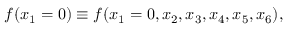
f ( x _ { 1 } = 0 ) \equiv f ( x _ { 1 } = 0 , x _ { 2 } , x _ { 3 } , x _ { 4 } , x _ { 5 } , x _ { 6 } ) ,